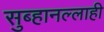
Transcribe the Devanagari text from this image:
सुब्हानल्लाही